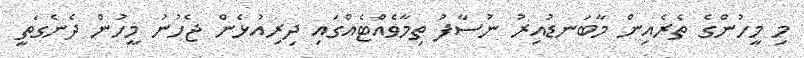
މި މީހުންގެ ތެރެއިން މާބަނޑުއިރު ނުސާފު ތިމާވެއްޓެއްގައި ދިރިއުޅެން ޖެހުނު މީހުން ދެނެގަތީ